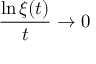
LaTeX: { \frac { \ln \xi ( t ) } { t } } \to 0